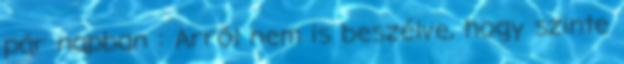
pár napban : Arról nem is beszélve, hogy szinte